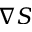
\nabla S